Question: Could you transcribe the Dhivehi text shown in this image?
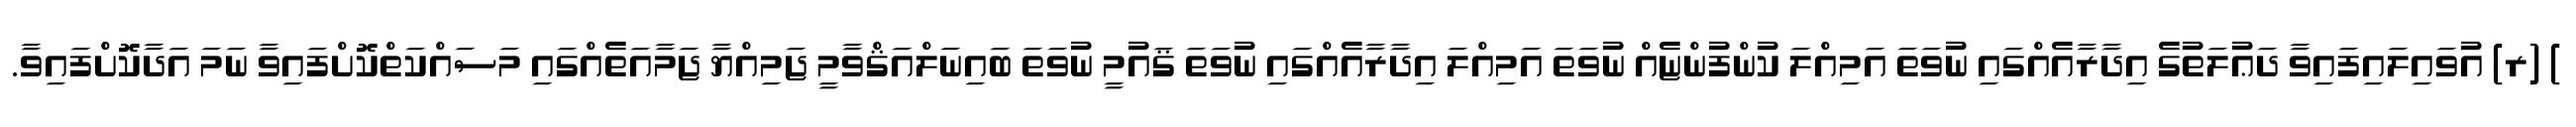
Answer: ) (ރ) އުވައިލައިފައިވާ ދަޢުލަތުގެ އިދާރާއެއްގައި ނުވަތަ އަމިއްލަ ކުންފުންޏެއް ނުވަތަ އަމިއްލަ އިދާރާއެއްގައި ނުވަތަ ޤައުމީ ނުވަތަ ބައިނަލްއަޤްވާމީ ޖަމިއްޔާ ޖަމާއަތެއްގައި މަސައްކަތްކޮށްފައިވާ ނަމަ އަދާކޮށްފައިވާ.